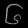
Digit: ၆